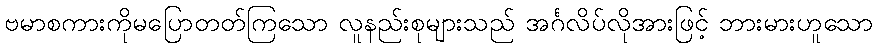
ဗမာစကားကိုမပြောတတ်ကြသော လူနည်းစုများသည် အင်္ဂလိပ်လိုအားဖြင့် ဘားမားဟူသော